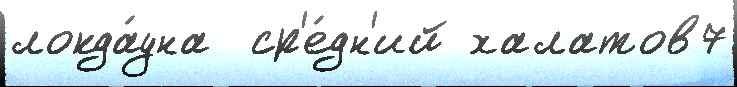
локда́уна  ср'е́дн'ий халатов7